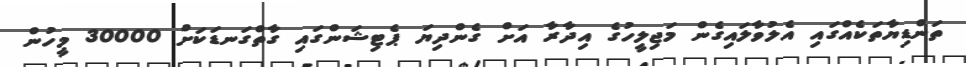
ތަންޑިޔާތަކެއްގައި އެލުވާލައިގެން މަޖިލީހުގެ އިދާރާ އަށް ގެންދިޔަ ޕެޓިޝަންގައި ގާތްގަނޑަކަށް 30000 މީހުން